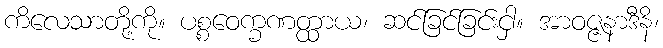
ကိလေသာတို့ကို။ ပစ္စဝေက္ခဏတ္ထာယ၊ ဆင်ခြင်ခြင်းငှါ။ အာဝဇ္ဇနာဒီနိ၊